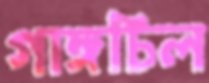
গাঙ্গচিল